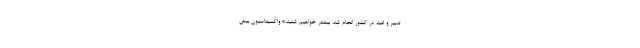
تدبیر و امید در کشور انجام شد، بیشتر خواهیم شنید.» واکسیناسیون بیش